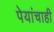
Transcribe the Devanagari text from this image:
पेयांचाही